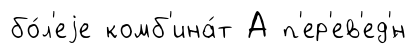
бо́л'еjе комб'ина́т А п'ер'ев'ед'́н